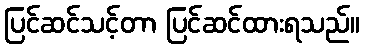
ပြင်ဆင်သင့်တာ ပြင်ဆင်ထားရသည်။